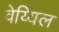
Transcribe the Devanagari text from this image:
वेय्यिल